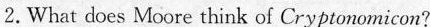
2. What does Moore think of Cryptonomicon?